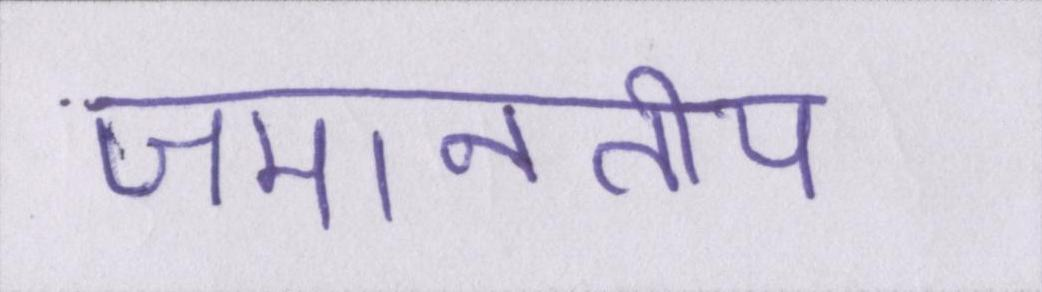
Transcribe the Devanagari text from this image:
जमानतीय